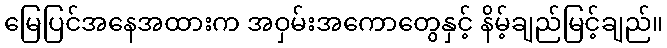
မြေပြင်အနေအထားက အဝှမ်းအကောတွေနှင့် နိမ့်ချည်မြင့်ချည်။